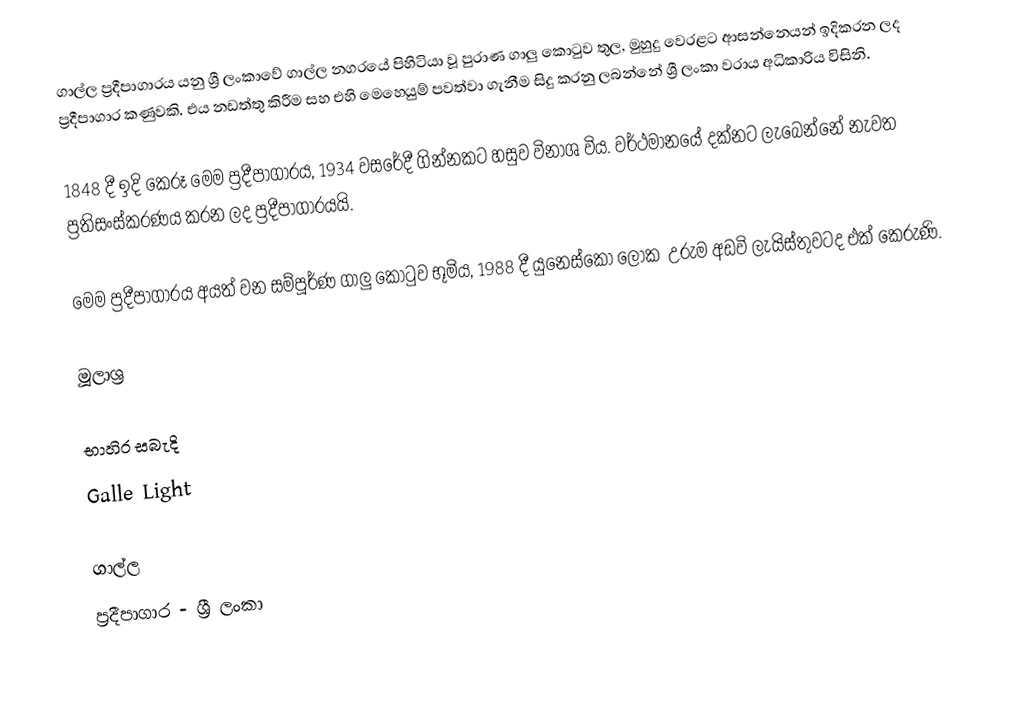
ගාල්ල ප්‍රදීපාගාරය යනු ශ්‍රී ලංකාවේ ගාල්ල නගරයේ පිහිටියා වූ පුරාණ ගාලු කොටුව තුල, මුහුදු වෙරළට ආසන්නෙයන් ඉදිකරන ලද ප්‍රදීපාගාර කණුවකි. එය නඩත්තු කිරීම සහ එහි මෙහෙයුම් පවත්වා ගැනීම සිදු කරනු ලබන්නේ ශ්‍රී ලංකා වරාය අධිකාරිය විසිනි.

1848 දී ඉදි කෙරූ මෙම ප්‍රදීපාගාරය, 1934 වසරේදී ගින්නකට හසුව විනාශ විය. වර්ථමානයේ දක්නට ලැබෙන්නේ නැවත ප්‍රතිසංස්කරණය කරන ලද ප්‍රදීපාගාරයයි.

මෙම ප්‍රදීපාගාරය අයත් වන සම්පූර්ණ ගාලු කොටුව භූමිය, 1988 දී යුනෙස්කෝ ලෝක ‍ උරුම අඩවි ලැයිස්තුවටද එක් කෙරුණි.

මූලාශ්‍ර

භාහිර සබැදි
Galle Light

ගාල්ල
ප්‍රදීපාගාර - ශ්‍රී ලංකා